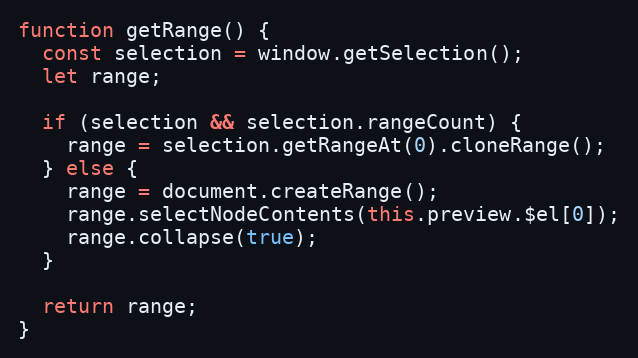
Language: JavaScript
function getRange() {
  const selection = window.getSelection();
  let range;

  if (selection && selection.rangeCount) {
    range = selection.getRangeAt(0).cloneRange();
  } else {
    range = document.createRange();
    range.selectNodeContents(this.preview.$el[0]);
    range.collapse(true);
  }

  return range;
}